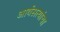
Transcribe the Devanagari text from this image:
आर्यसत्यांचा